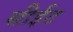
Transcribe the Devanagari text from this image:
सीईट